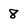
Character: 8